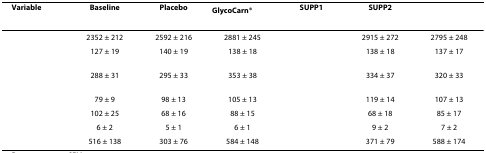
<table><thead><tr><td><b>Variable</b></td><td><b>Baseline</b></td><td><b>Placebo</b></td><td><b>GlycoCarn<sup>®</sup></b></td><td><b>SUPP1</b></td><td><b>SUPP2</b></td><td>[EMPTY_CELL]</td></tr></thead><tbody><tr><td>[EMPTY_CELL]</td><td>2352 ± 212</td><td>2592 ± 216</td><td>2881 ± 245</td><td>[EMPTY_CELL]</td><td>2915 ± 272</td><td>2795 ± 248</td></tr><tr><td>[EMPTY_CELL]</td><td>127 ± 19</td><td>140 ± 19</td><td>138 ± 18</td><td>[EMPTY_CELL]</td><td>138 ± 18</td><td>137 ± 17</td></tr><tr><td>[EMPTY_CELL]</td><td>288 ± 31</td><td>295 ± 33</td><td>353 ± 38</td><td>[EMPTY_CELL]</td><td>334 ± 37</td><td>320 ± 33</td></tr><tr><td>[EMPTY_CELL]</td><td>79 ± 9</td><td>98 ± 13</td><td>105 ± 13</td><td>[EMPTY_CELL]</td><td>119 ± 14</td><td>107 ± 13</td></tr><tr><td>[EMPTY_CELL]</td><td>102 ± 25</td><td>68 ± 16</td><td>88 ± 15</td><td>[EMPTY_CELL]</td><td>68 ± 18</td><td>85 ± 17</td></tr><tr><td>[EMPTY_CELL]</td><td>6 ± 2</td><td>5 ± 1</td><td>6 ± 1</td><td>[EMPTY_CELL]</td><td>9 ± 2</td><td>7 ± 2</td></tr><tr><td>[EMPTY_CELL]</td><td>516 ± 138</td><td>303 ± 76</td><td>584 ± 148</td><td>[EMPTY_CELL]</td><td>371 ± 79</td><td>588 ± 174</td></tr></tbody></table>